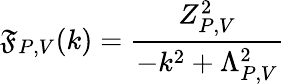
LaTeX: \mathfrak{F}_{P,V}(k)=\frac{{Z_{P,V}^{2}}}{{-k^{2}+\Lambda_{P,V}^{2}}}